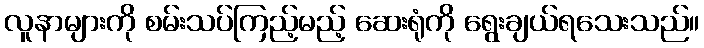
လူနာများကို စမ်းသပ်ကြည့်မည့် ဆေးရုံကို ရွေးချယ်ရသေးသည်။